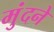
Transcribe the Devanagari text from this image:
मुंदने